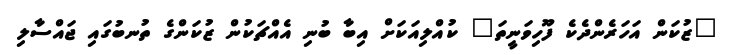
"ޒުކަން އަހަރެންދެކެ ފޫހިވަނީތަ" ކުއްލިއަކަށް އިބާ ބުނި އެއްޗަކުން ޒުކަންގެ ތުނބުގައި ޖައްސާލި